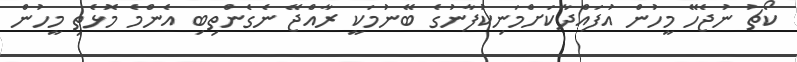
ކޯޗު ނުޖެހޭ މީހުން އުފައްދާކަށްމަނިކުފާނުގެ ބޭނުމަކީ ރާއްޖޭ ނެގެންތިބި އެންމެ މޮޅެތި މީހުން